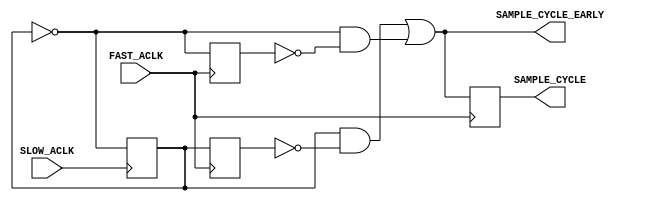
module axi_clock_converter_v2_1_7_axic_sample_cycle_ratio # (
///////////////////////////////////////////////////////////////////////////////
// Parameter Definitions
///////////////////////////////////////////////////////////////////////////////
  parameter C_RATIO = 2 // Must be > 0
  )
 (
///////////////////////////////////////////////////////////////////////////////
// Port Declarations
///////////////////////////////////////////////////////////////////////////////
  input  wire                    SLOW_ACLK,
  input  wire                    FAST_ACLK,

  output wire                    SAMPLE_CYCLE_EARLY,
  output wire                    SAMPLE_CYCLE
);

////////////////////////////////////////////////////////////////////////////////
// Functions
////////////////////////////////////////////////////////////////////////////////
////////////////////////////////////////////////////////////////////////////////
// Local parameters
////////////////////////////////////////////////////////////////////////////////
localparam P_DELAY = C_RATIO > 2 ? C_RATIO-1 : C_RATIO-1; 
////////////////////////////////////////////////////////////////////////////////
// Wires/Reg declarations
////////////////////////////////////////////////////////////////////////////////
reg                slow_aclk_div2 = 0;
reg                posedge_finder_first;
reg                posedge_finder_second;
wire               first_edge;
wire               second_edge;
reg  [P_DELAY-1:0] sample_cycle_d;
(* shreg_extract = "no" *) reg                sample_cycle_r;


////////////////////////////////////////////////////////////////////////////////
// BEGIN RTL
////////////////////////////////////////////////////////////////////////////////
generate
  if (C_RATIO == 1) begin : gen_always_sample
    assign SAMPLE_CYCLE_EARLY = 1'b1;
    assign SAMPLE_CYCLE = 1'b1;
  end
  else begin : gen_sample_cycle
    genvar i;
    always @(posedge SLOW_ACLK) begin 
      slow_aclk_div2 <= ~slow_aclk_div2;
    end

    // Find matching rising edges by clocking slow_aclk_div2 onto faster clock
    always @(posedge FAST_ACLK) begin 
      posedge_finder_first <= slow_aclk_div2;
    end
    always @(posedge FAST_ACLK) begin 
      posedge_finder_second <= ~slow_aclk_div2;
    end

    assign first_edge = slow_aclk_div2 & ~posedge_finder_first;
    assign second_edge = ~slow_aclk_div2 & ~posedge_finder_second;

    always @(*) begin 
      sample_cycle_d[P_DELAY-1] = first_edge | second_edge;
    end
   
    // delay the posedge alignment by C_RATIO - 1 to set the sample cycle as
    // the clock one cycle before the posedge.
    for (i = P_DELAY-1; i > 0; i = i - 1) begin : gen_delay
      always @(posedge FAST_ACLK) begin
        sample_cycle_d[i-1] <= sample_cycle_d[i];
      end
    end

    always @(posedge FAST_ACLK) begin 
      sample_cycle_r <= sample_cycle_d[0];
    end
    assign SAMPLE_CYCLE_EARLY = sample_cycle_d[0];
    assign SAMPLE_CYCLE = sample_cycle_r;
  end
endgenerate

endmodule